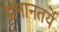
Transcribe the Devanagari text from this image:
समानतयें